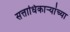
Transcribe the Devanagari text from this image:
सत्ताधिकाऱ्यांच्या